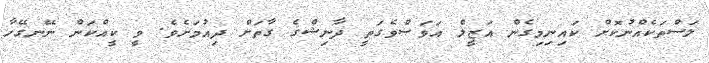
ލަސްތަކެއްނުކޮށް ކައިނިމިގެން އަޒީލް އަވަސްވެގަތީ ދާނިޝްގެ ގާތަށް ދިއުމަށެވެ. ވީ ކީއްކަން ނޭނގޭހާ